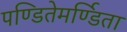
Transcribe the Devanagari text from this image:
पण्डितेमर्ण्डिता